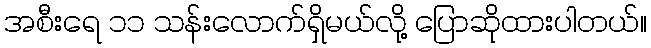
အစီးရေ ၁၁ သန်းလောက်ရှိမယ်လို့ ပြောဆိုထားပါတယ်။